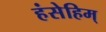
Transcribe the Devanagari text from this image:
हंसेहिम्‌